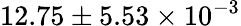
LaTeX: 12.75\pm 5.53\times 10^{-3}